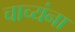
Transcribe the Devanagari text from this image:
चाच्यंना